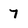
Character: 7